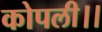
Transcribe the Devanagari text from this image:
कोपली।।